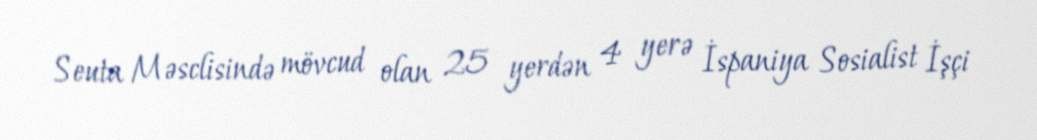
Seuta Məsclisində mövcud olan 25 yerdən 4 yerə İspaniya Sosialist İşçi